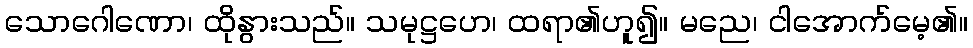
သောဂေါဏော၊ ထိုနွားသည်။ သမုဋ္ဌဟေ၊ ထရာ၏ဟူ၍။ မညေ၊ ငါအောက်မေ့၏။